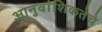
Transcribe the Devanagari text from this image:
आनुवांशिकतेचे